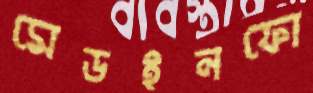
মেডইনফো